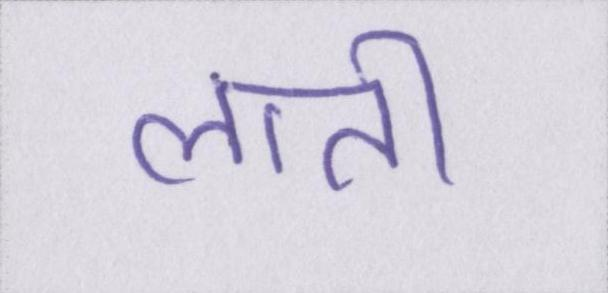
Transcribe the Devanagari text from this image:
लाती